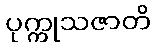
ပုက္ကုသဇာတိ